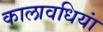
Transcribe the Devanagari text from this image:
कालावधियां